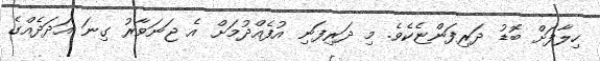
ހިލާފަށް ބޮޑު ދަރިފަންޏެކެވެ. މި ދަރިފަނި އުފެއްދުމަށް އެ ޖަނަވާރު ގިނަ އަދަދެއްގެ